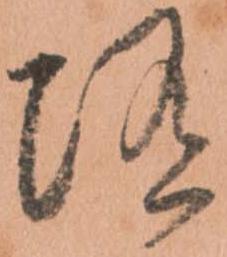
随